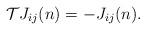
LaTeX: \begin{align*}{\cal T}J_{ij}(n)=-J_{ij}(n).\end{align*}